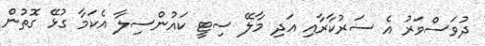
ދުވަސްވަރު އެ ސަރުކާރާއި އަދި މާލޭ ސިޓީ ކައުންސިލާ އެކަމާ ގުޅޭ ގޮތުން